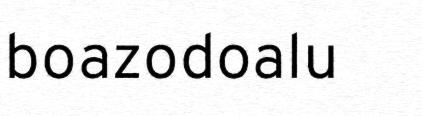
boazodoalu